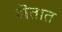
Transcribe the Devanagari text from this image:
शॆतात